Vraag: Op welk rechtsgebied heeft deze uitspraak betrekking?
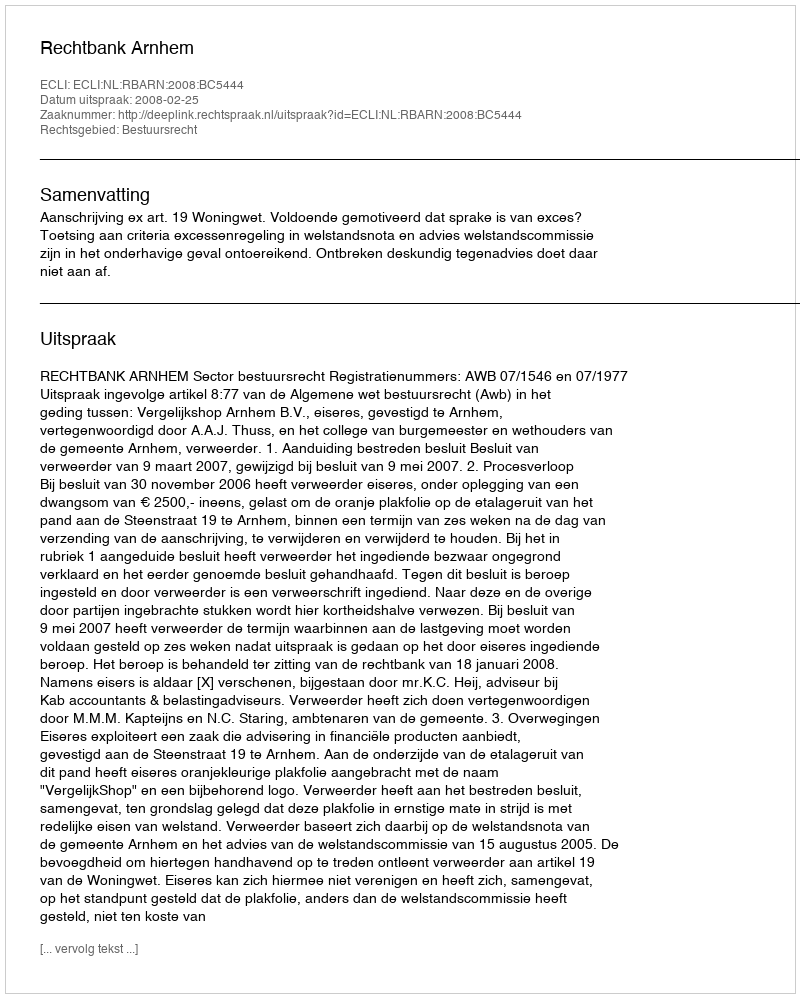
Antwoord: Bestuursrecht